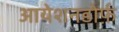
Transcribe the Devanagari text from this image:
आयेशनडोर्फ़